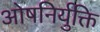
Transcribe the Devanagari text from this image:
ओषनिर्युक्ति